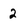
Character: 2